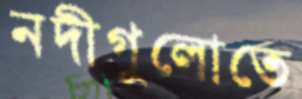
নদীগুলোতে